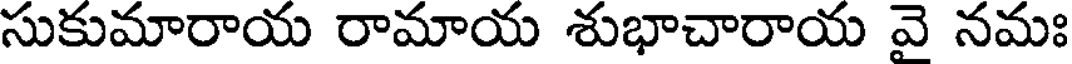
సుకుమారాయ రామాయ శుభాచారాయ వై నమః